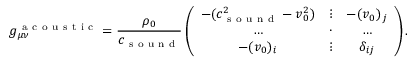
g _ { \mu \nu } ^ { \mathrm { ~ a ~ c ~ o ~ u ~ s ~ t ~ i ~ c ~ } } = \frac { \rho _ { 0 } } { c _ { \mathrm { ~ s ~ o ~ u ~ n ~ d ~ } } } \left( \begin{array} { c c c } { - ( c _ { \mathrm { ~ s ~ o ~ u ~ n ~ d ~ } } ^ { 2 } - v _ { 0 } ^ { 2 } ) } & { \vdots } & { - ( v _ { 0 } ) _ { j } } \\ { \ldots } & { \cdot } & { \ldots } \\ { - ( v _ { 0 } ) _ { i } } & { \vdots } & { \delta _ { i j } } \end{array} \right) .